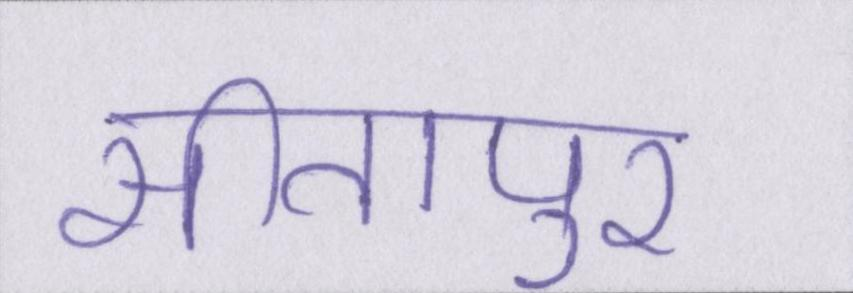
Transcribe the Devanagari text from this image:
सीतापुर